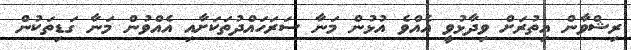
ރިޝްވާން އިތުރަށް ވިދާޅުވީ އެއްވެ އުޅުން މަނާ ސަރަހައްދުތަކަށާއި އެއްވުން މަނާ ގަޑިތަކުން